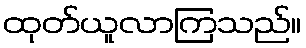
ထုတ်ယူလာကြသည်။